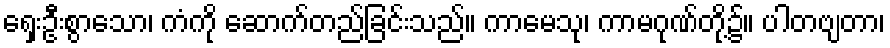
ရှေးဦးစွာသော၊ ကံကို ဆောက်တည်ခြင်းသည်။ ကာမေသု၊ ကာမဂုဏ်တို့၌။ ပါတဗျတာ၊